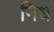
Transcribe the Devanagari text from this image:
निध